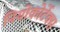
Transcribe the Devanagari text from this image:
नियोकोर्टेक्स